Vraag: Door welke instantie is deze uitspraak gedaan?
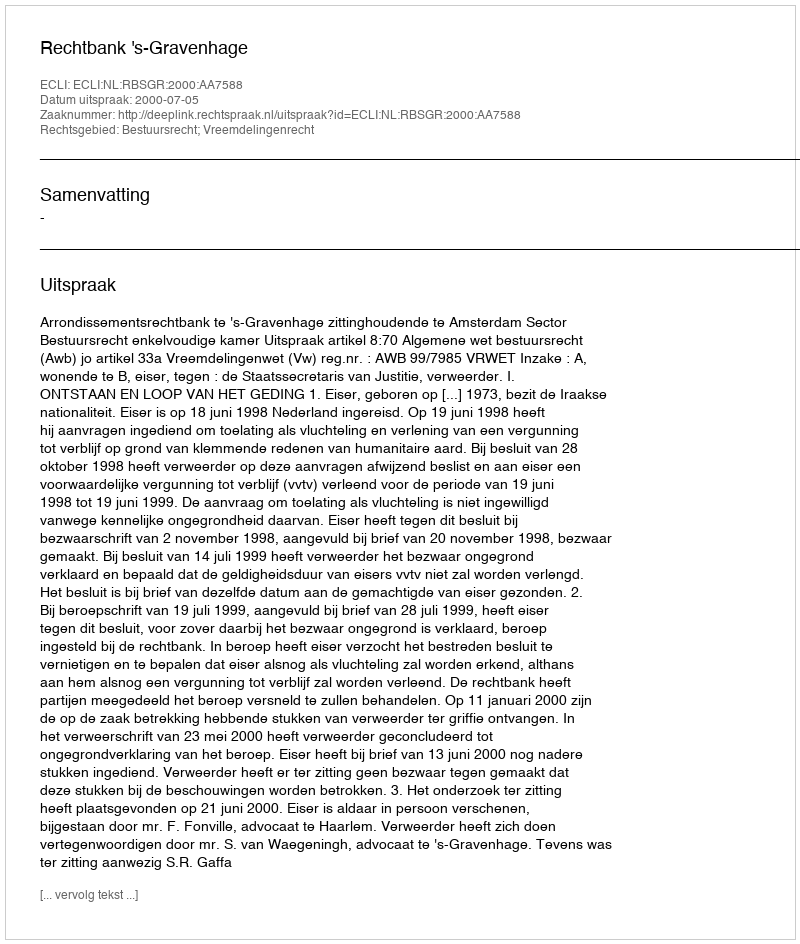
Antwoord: Rechtbank 's-Gravenhage